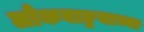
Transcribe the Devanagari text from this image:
लोकवाङ्मयाच्या